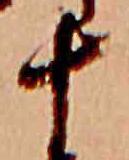
十